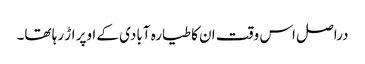
دراصل اس وقت ان کا طیارہ آبادی کے اوپر اڑ رہا تھا۔